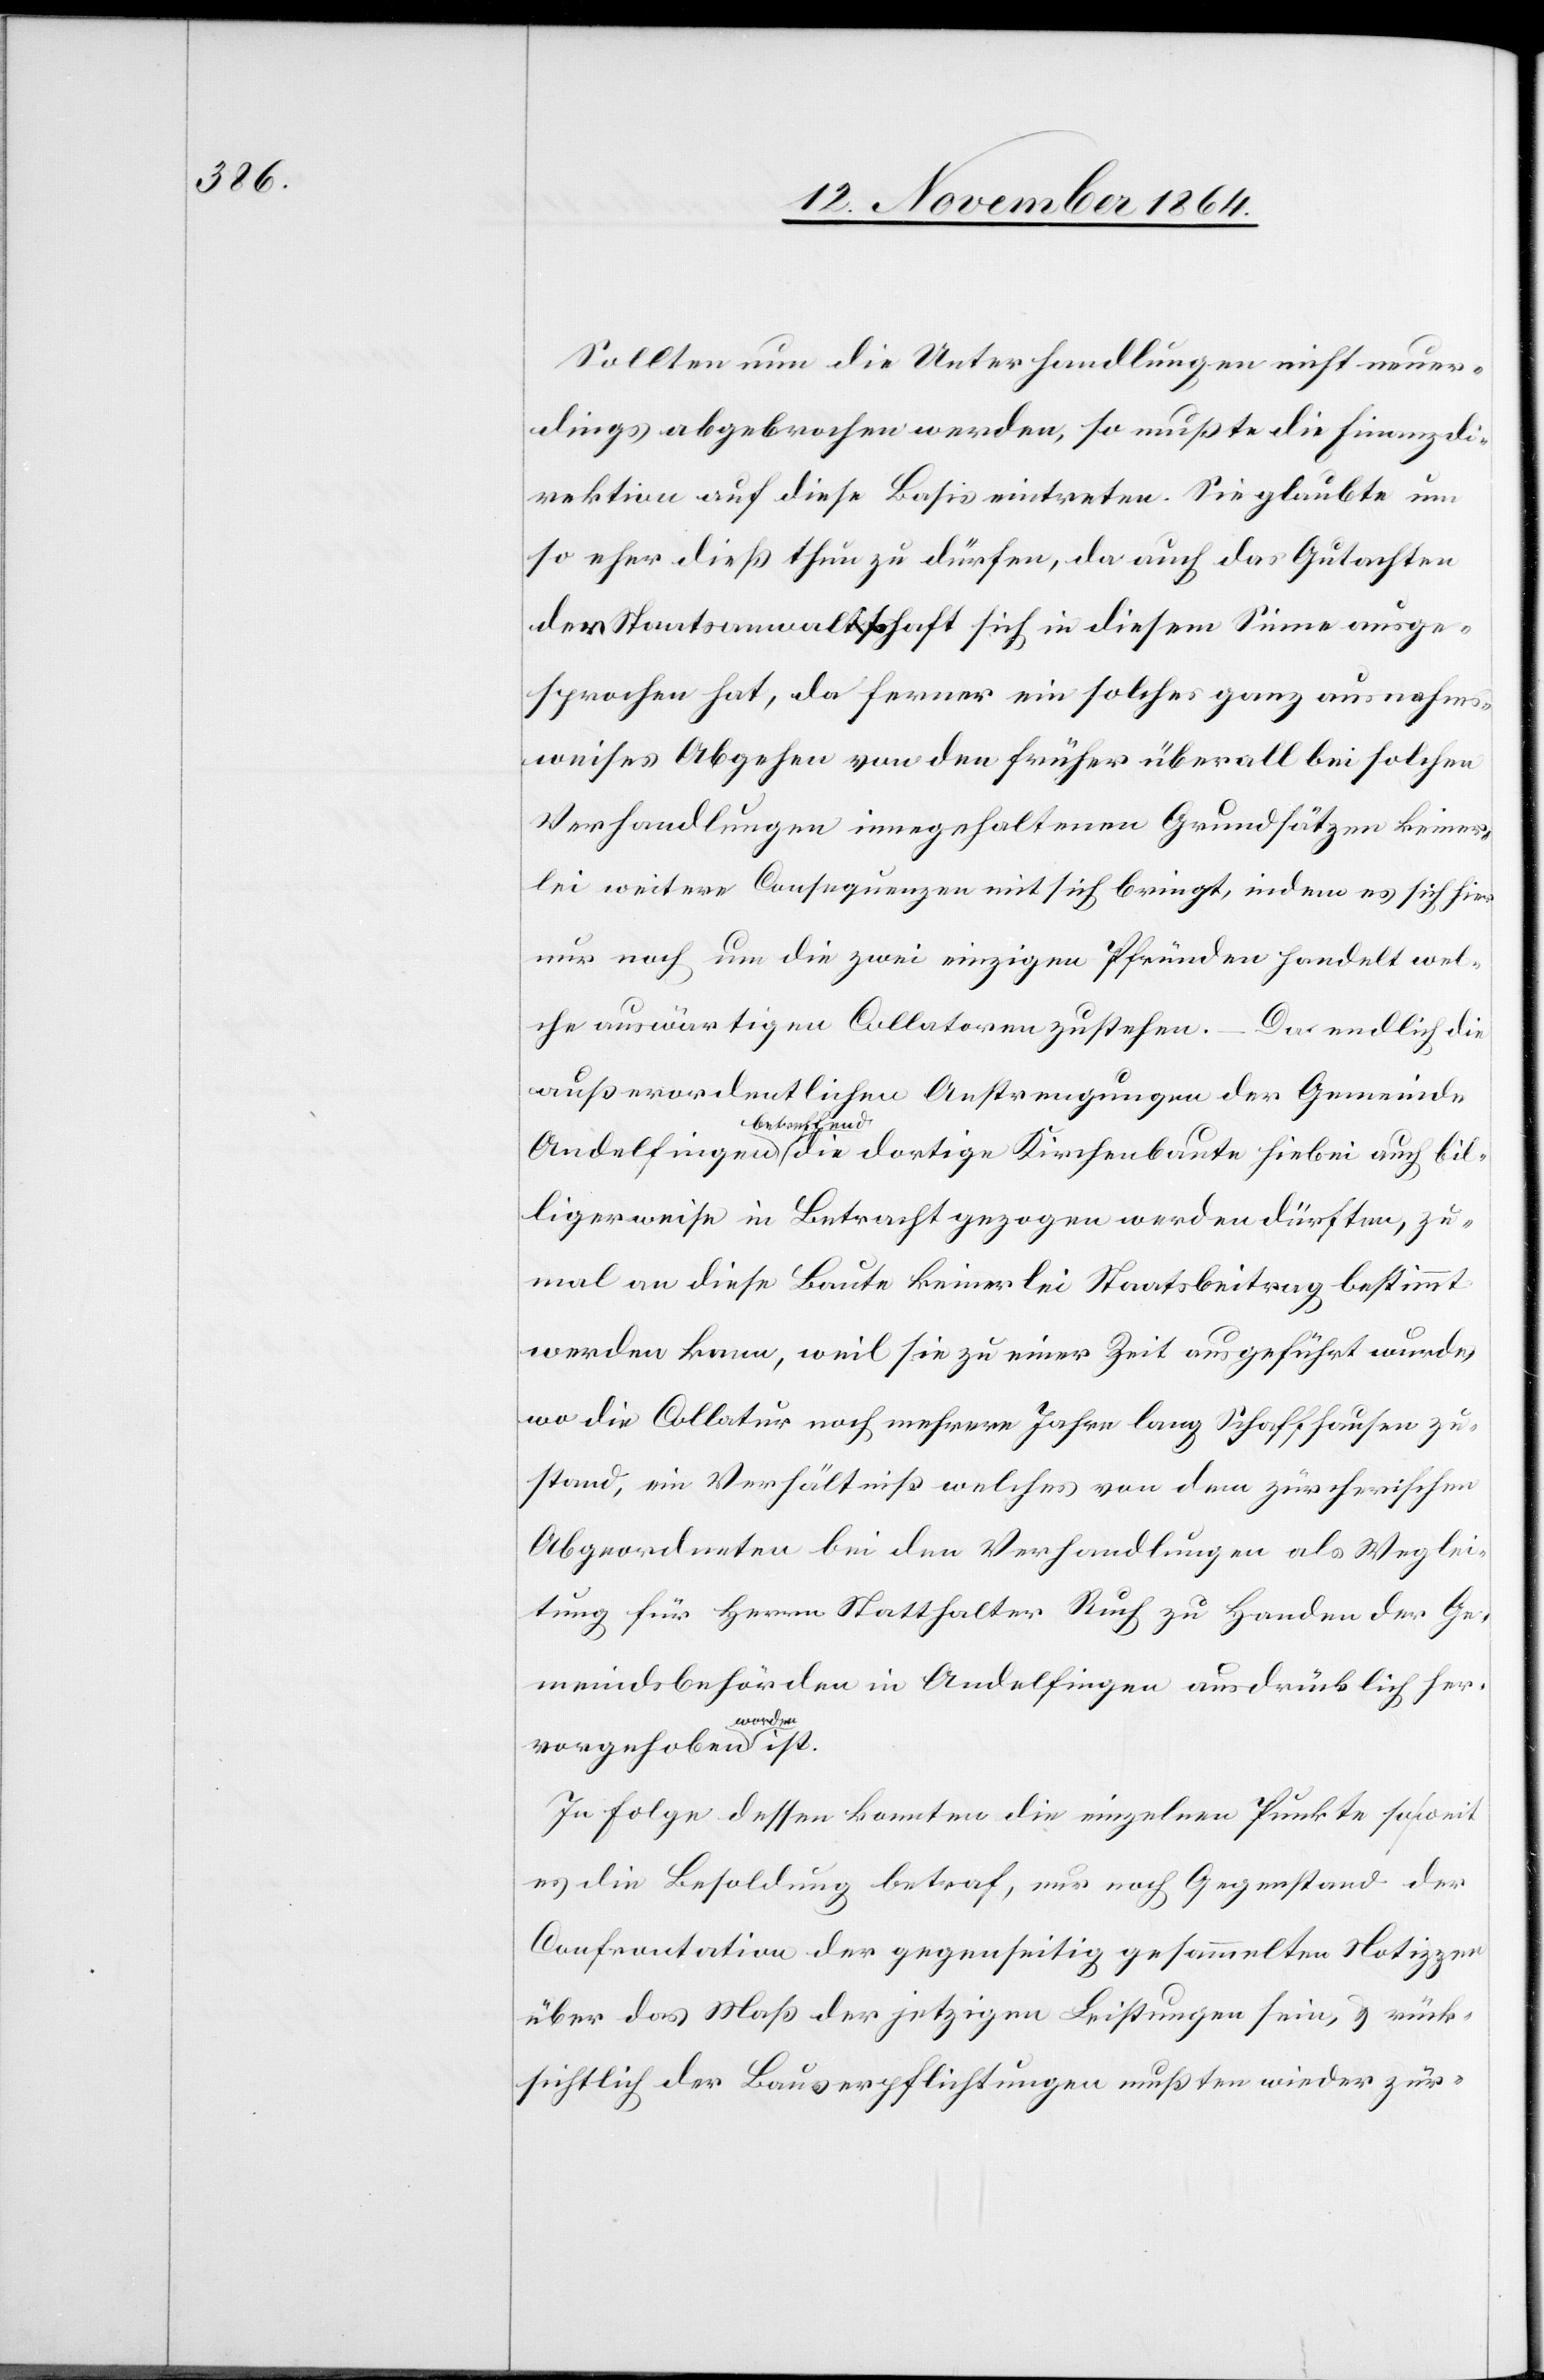
Sollten nun die Unterhandlungen nicht neuer¬
dings abgebrochen werden, so mußte die Finanzdi¬
rektion auf diese Basis eintreten. Sie glaubte um
so eher dieß thun zu dürfen, da auch das Gutachten
der Staatsanwaltschaft sich in diesem Sinne ausge¬
sprochen hat, da ferner ein solches ganz ausnahms¬
weises Abgehen von den früher überall bei solchen
Verhandlungen innegehaltenen Grundsätzen keiner¬
lei weitere Conferenzen mit sich bringt, indem es sich hier
nur noch um die zwei einzigen Pfründen handelt wel¬
che auswärtigen Collatoren zustehen.
Da endlich die
außerordentlichen Anstrengungen der Gemeine
a-betreffend-a
billigerweise in Betracht gezogen werden dürften, zu¬
mal an diese Baute keinerlei Staatsbeitrag bestimmt
werden kann, weil sie zu einer Zeit ausgeführt wurde,
wo die Collatur noch mehrere Jahre lang Schaffhausen zu¬
stand, ein Verhältniß welches von dem zürcherischen
Abgeordneten bei den Verhandlungen als Weglei¬
tung für Herrn Statthalter Ruch zu Handen der Ge¬
meindsbehörden in Andelfingen ausdrücklich her¬
a-worden-a
In Folge dessen konnten die einzelnen Punkte so weit
es die Besoldung betraf, nur noch Gegenstand der
Confrontation der gegenseitig gesammelten Notizzen
über das Maß der jetzigen Leistungen sein, & rück¬
sichtlich der Bauverpflichtungen mußten wieder zür-